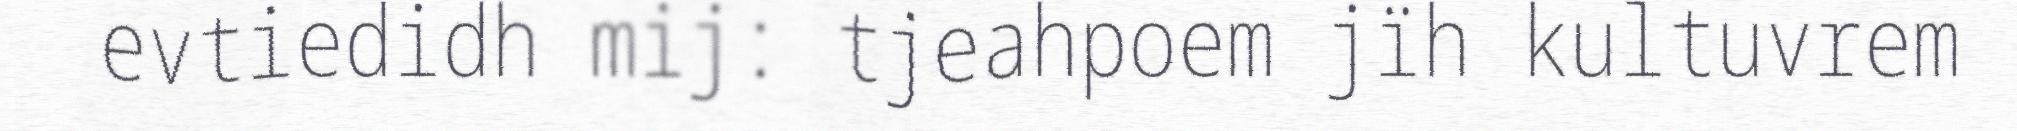
evtiedidh mij: tjeahpoem jïh kultuvrem